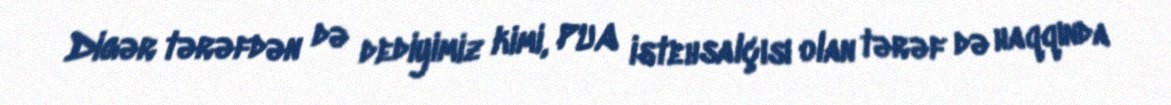
Digər tərəfdən də dediyimiz kimi, PUA istehsalçısı olan tərəf də haqqında